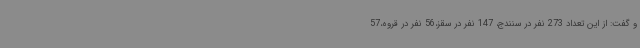
و گفت: از این تعداد 273 نفر در سنندج، 147 نفر در سقز،56 نفر در قروه،57